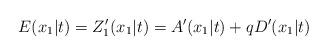
LaTeX: \begin{align*}E(x_1|t)=Z_{1}^{\prime }(x_1|t)=A^{\prime }(x_1|t)+qD^{\prime }(x_1|t)\,\end{align*}